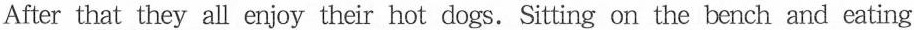
After that they all enjoy their hot dogs.Sitting on the bench and eating